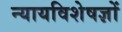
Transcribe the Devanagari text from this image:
न्यायविशेषज्ञों